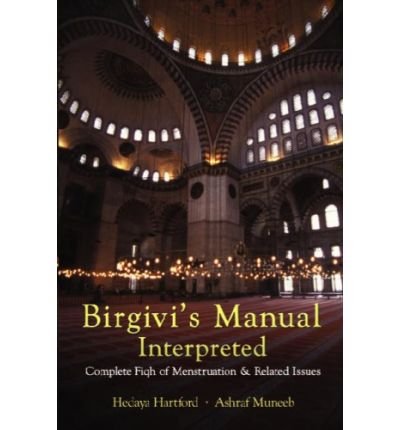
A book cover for Birgivi's Manual Interpreted: Complete Fiqh of Menstruation & Related Issues (Paperback)(Arabic / English) - Common; By (author) Ashraf Muneeb By (author) Hedaya Hartford; Health, Fitness & Dieting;